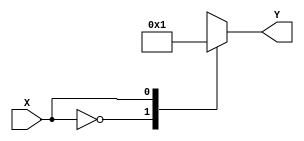
module X_case_statement (
    input wire X,
    output reg [1:0] Y
);

always @ (*) begin
    case (X)
        2'b00: Y <= 2'b00; // execute this block when X is 00
        2'b01: Y <= 2'b01; // execute this block when X is 01
        2'b10: Y <= 2'b10; // execute this block when X is 10
        2'b11: Y <= 2'b11; // execute this block when X is 11
        default: Y <= 2'b00; // default block
    endcase
end

endmodule